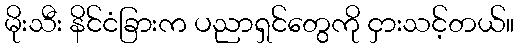
မိုးသီး နိင်ငံခြားက ပညာရှင်တွေကို ငှားသင့်တယ်။